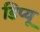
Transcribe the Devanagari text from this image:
डिप्यू